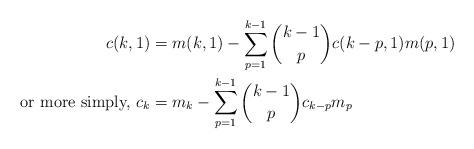
LaTeX: \begin{align*}\begin{aligned}c(k,1) &= m(k,1) - \sum_{p=1}^{k-1} \binom{k-1}{p} c(k-p,1) m(p,1) \\ \mbox{or more simply, } c_k & = m_k - \sum_{p=1}^{k-1} \binom{k-1}{p} c_{k-p} m_p \end{aligned}\end{align*}